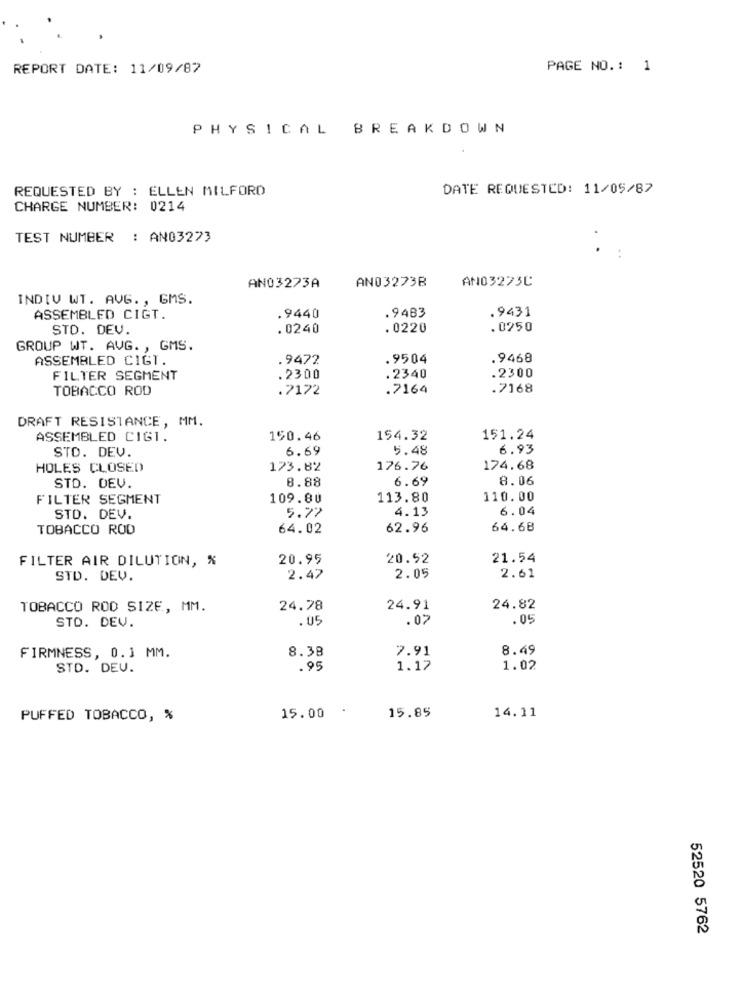
REPORT DATE: 11/09/87
PAGE NO. : 1
PHYSICAL BREAKDOWN
REQUESTED BY : ELLEN MILFORD
DATE REQUESTED: 11/05/87
CHARGE NUMBER: 0214
TEST NUMBER : AN03273
AN03273B
AN03273C
AN03273A
INDIV WT. AVG. , GMS.
.9483
.9431
ASSEMBLED CIGT.
.9440
STO. DEV.
. 0240
. 0220
.0250
GROUP WT. AVG. , GMS.
ASSEMBLED CIGT.
.9472
. 9504
.9468
.2300
FILTER SEGMENT
.2300
.2340
TOBACCO ROD
.7172
.7164
.7168
DRAFT RESISTANCE, MM.
ASSEMBLED CIGT.
150.46
154.32
151.24
STO. DEV.
6.69
5.48
6.93
HOLES CLOSED
173.82
176.76
174.68
8.88
6.69
8.06
STD. DEV.
FILTER SEGMENT
109.80
113.80
110.00
5.77
4.13
6.04
STD. DEV.
TOBACCO ROD
64.02
62.96
64.68
FILTER AIR DILUTION, %
20.95
20.52
21.54
STD. DEV.
2.47
2.05
2.61
TOBACCO ROD SIZE, MM.
24.78
24.91
24.82
STO. DEV.
.05
.07
.05
8.38
7.91
8.49
FIRMNESS, 0.1 MM.
STD. DEU.
.95
1.17
1.02
PUFFED TOBACCO, %
15.00
15.85
14.11
52520 5762